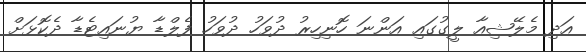
އަދި މެލޭޝިއާ ލީގުގައި އަންނަ ހޮނިހިރު ދުވަހު ދުވަހު ފެލްޑާ ޔުނައިޓެޑާ ދެކޮޅަށް